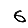
Digit: 6